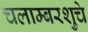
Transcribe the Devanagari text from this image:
चलाम्बरशुचे